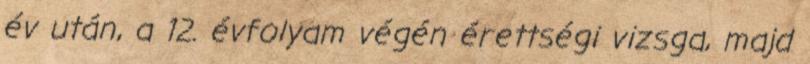
év után, a 12. évfolyam végén érettségi vizsga, majd